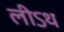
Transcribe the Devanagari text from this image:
लीऽथ